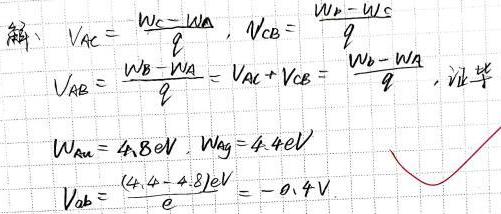
\[
\begin{align*}
V_{AC}&=\frac{W_C - W_A}{q}, V_{CB}=\frac{W_B - W_C}{q}\\
V_{AB}&=\frac{W_B - W_A}{q}=V_{AC}+V_{CB}=\frac{W_B - W_A}{q}, \text{证毕}\\
W_{Au}& = 4.8\mathrm{eV}, W_{Ag}=4.4\mathrm{eV}\\
V_{ab}&=\frac{(4.4 - 4.8)\mathrm{eV}}{e}=-0.4\mathrm{V}
\end{align*}
\]